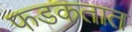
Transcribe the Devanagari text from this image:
फडकतात